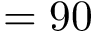
= 9 0